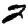
Digit: 2